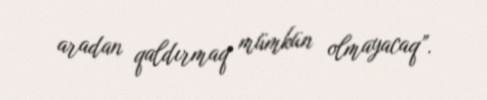
aradan qaldırmaq mümkün olmayacaq”.